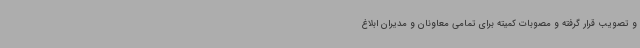
و تصویب قرار گرفته و مصوبات کمیته برای تمامی معاونان و مدیران ابلاغ